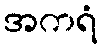
အကရံ